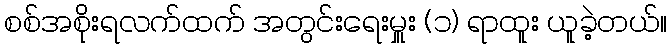
စစ်အစိုးရလက်ထက် အတွင်းရေးမှူး (၁) ရာထူး ယူခဲ့တယ်။